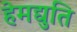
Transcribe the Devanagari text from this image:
हेमद्युति